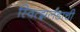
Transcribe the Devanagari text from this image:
स्वित्झर्लंडाची